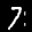
Label: 7